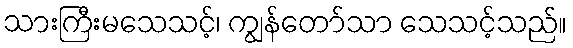
သားကြီးမသေသင့်၊ ကျွန်တော်သာ သေသင့်သည်။